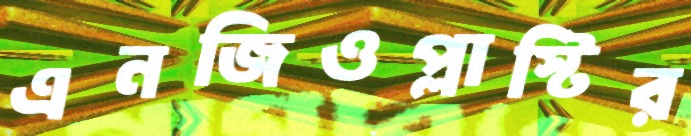
এনজিওপ্লাস্টির